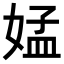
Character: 𡝹